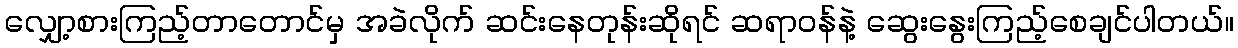
လျှော့စားကြည့်တာတောင်မှ အခဲလိုက် ဆင်းနေတုန်းဆိုရင် ဆရာဝန်နဲ့ ဆွေးနွေးကြည့်စေချင်ပါတယ်။